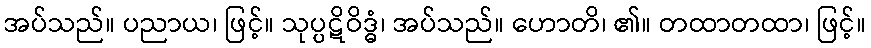
အပ်သည်။ ပညာယ၊ ဖြင့်။ သုပ္ပဋိဝိဒ္ဓံ၊ အပ်သည်။ ဟောတိ၊ ၏။ တထာတထာ၊ ဖြင့်။